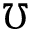
\mho